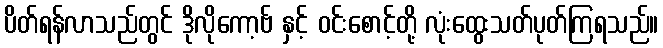
ပိတ်ရန်လာသည်တွင် ဒိုလိုကော့ဗ် နှင့် ဝင်းစောင့်တို့ လုံးထွေးသတ်ပုတ်ကြရသည်။